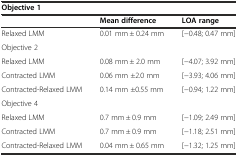
<table><thead><tr><td colspan="3"><b>Objective 1</b></td></tr><tr><td></td><td><b>Mean difference</b></td><td><b>LOA range</b></td></tr></thead><tbody><tr><td>Relaxed LMM</td><td>0.01 mm ± 0.24 mm</td><td>[−0.48; 0.47 mm]</td></tr><tr><td colspan="3">Objective 2</td></tr><tr><td>Relaxed LMM</td><td>0.08 mm ± 2.0 mm</td><td>[−4.07; 3.92 mm]</td></tr><tr><td>Contracted LMM</td><td>0.06 mm ±2.0 mm</td><td>[−3.93; 4.06 mm]</td></tr><tr><td>Contracted-Relaxed LMM</td><td>0.14 mm ±0.55 mm</td><td>[−0.94; 1.22 mm]</td></tr><tr><td colspan="3">Objective 4</td></tr><tr><td>Relaxed LMM</td><td>0.7 mm ± 0.9 mm</td><td>[−1.09; 2.49 mm]</td></tr><tr><td>Contracted LMM</td><td>0.7 mm ± 0.9 mm</td><td>[−1.18; 2.51 mm]</td></tr><tr><td>Contracted-Relaxed LMM</td><td>0.04 mm ± 0.65 mm</td><td>[−1.32; 1.25 mm]</td></tr></tbody></table>